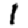
Digit: 1